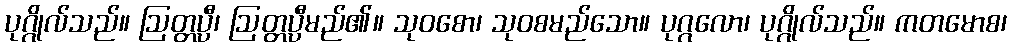
ပုဂ္ဂိုလ်သည်။ ဩတ္တပ္ပီ၊ ဩတ္တပ္ပီမည်၏။ သုဝစော၊ သုဝစမည်သော။ ပုဂ္ဂလော၊ ပုဂ္ဂိုလ်သည်။ ကတမောစ၊